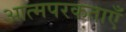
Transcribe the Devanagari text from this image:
आत्मपरकताएँ